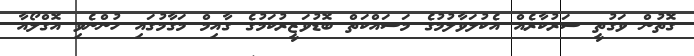
ގޮތުން ވަގުތީ ސަރުކާރެއް އެކުލަވާލުމުގެ މަސައްކަތް ބޮޑުވަޒީރުކަމުގެ ގާއިމް މަގާމުގައި ހުންނެވި އޮގްލޯއާ